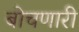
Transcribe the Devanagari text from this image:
बोचणारी